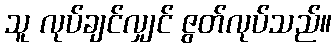
သူ လုပ်ချင်လျှင် ဇွတ်လုပ်သည်။